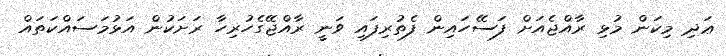
ޢަދި މިކަން މުޅި ރާއްޖެއަށް ފަސޭހައިން ފެތުރިފައި ވަނީ ރާއްޖޭގެހުރިހާ ރަށަކުން އަޅުމަސައްކަތައް